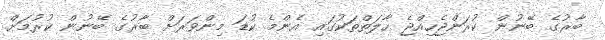
ބާރުގެ ބޭނުން ކުރަންޖެހިއްޖެ ހާލަތްތަކުގައި އެންމެ ކުޑަ މިންވަރަށް ބާރުގެ ބޭނުން ކުރުމަށް